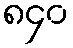
၈၄၀